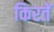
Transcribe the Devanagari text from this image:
किरतें